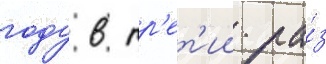
году в тр'ет'ии ра́з